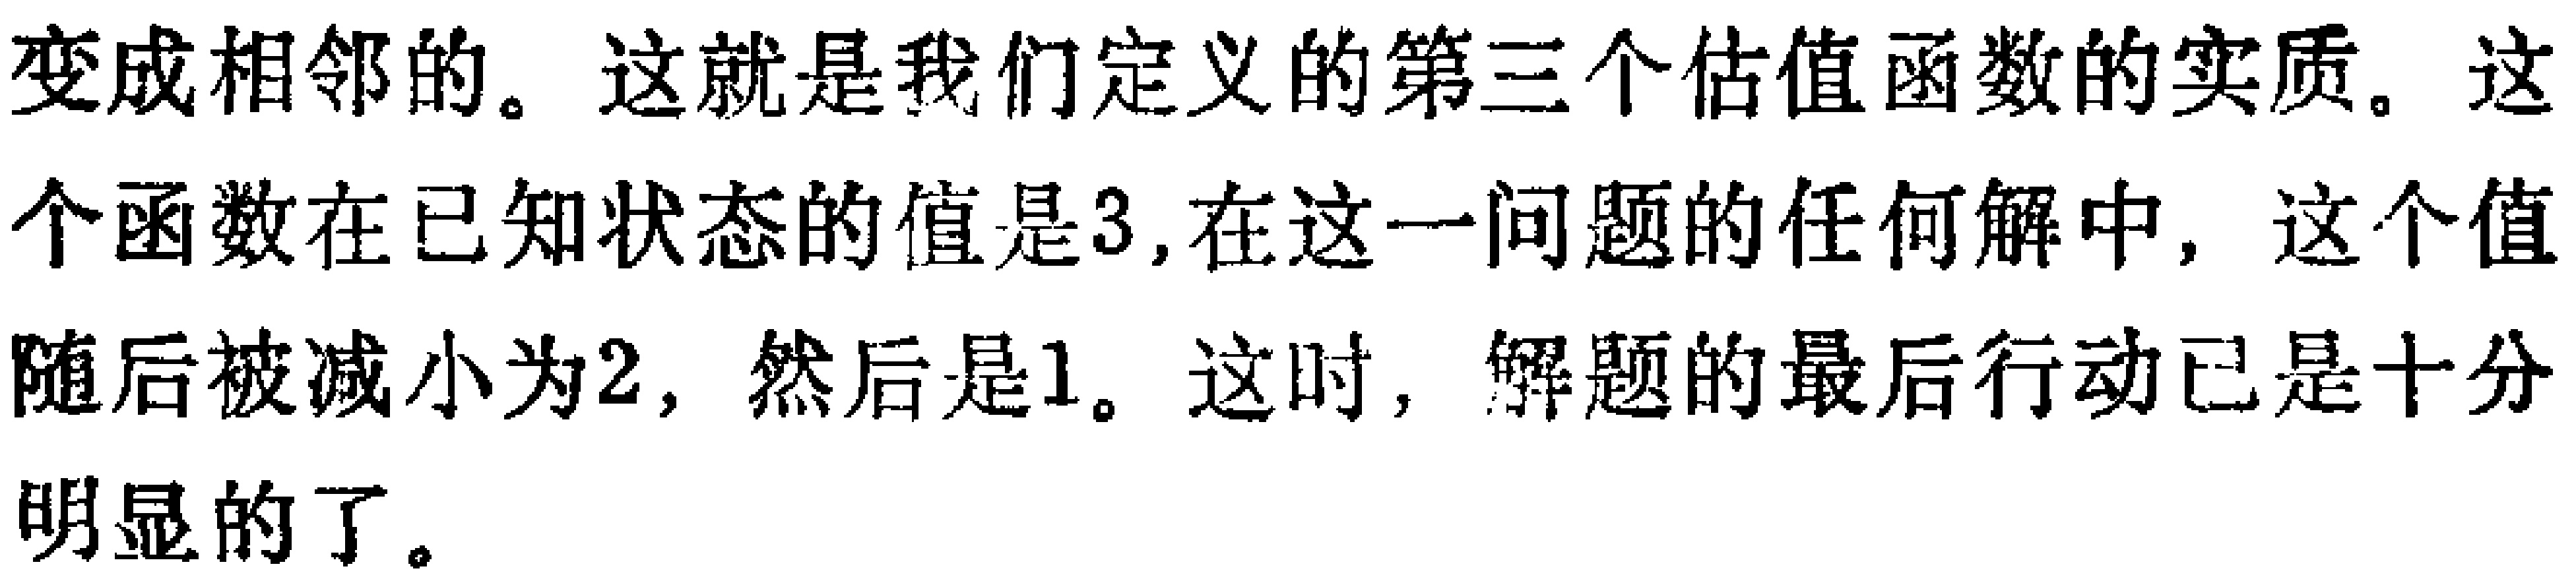
变成相邻的。这就是我们定义的第三个估值函数的实质。这个函数在已知状态的值是3,在这一问题的任何解中, 这个值随后被减小为2, 然后是1。这时, 解题的最后行动已是十分明显的了。